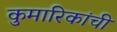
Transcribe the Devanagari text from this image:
कुमारिकांची